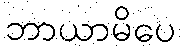
ဘာယာမိပေ